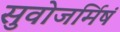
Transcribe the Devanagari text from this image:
सुवोजर्मिषं